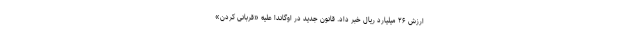
ارزش ۲۶ میلیارد ریال خبر داد. قانون جدید در اوگاندا علیه «قربانی کردن»